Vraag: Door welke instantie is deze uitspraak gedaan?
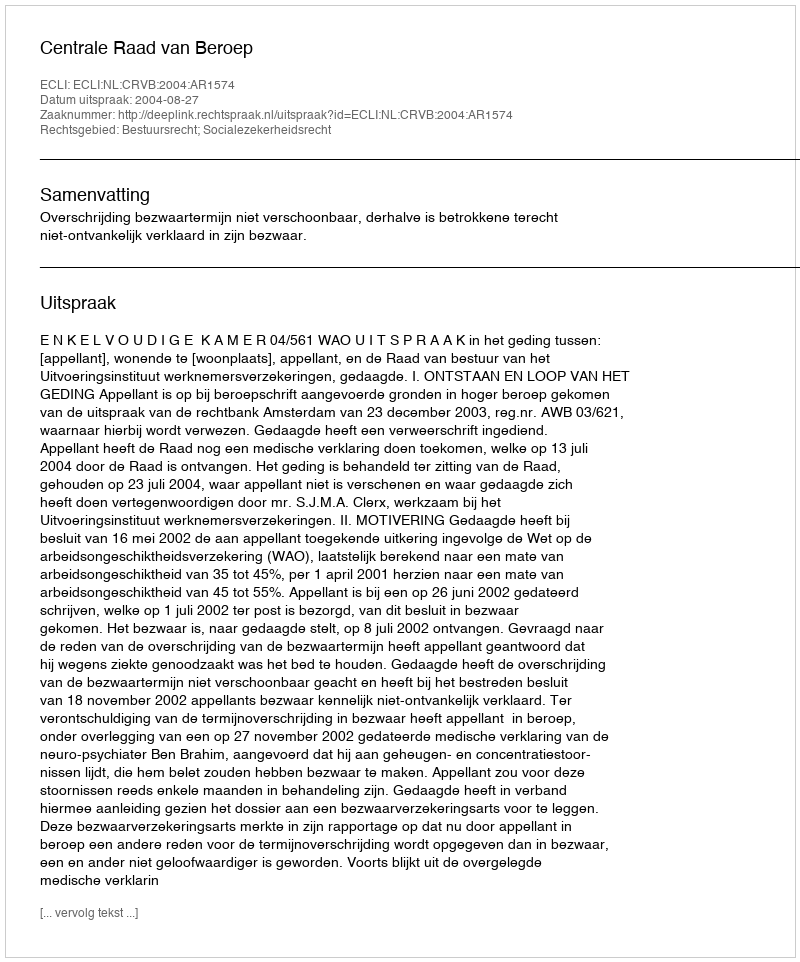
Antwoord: Centrale Raad van Beroep